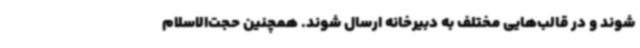
شوند و در قالب‌هایی مختلف به دبیرخانه ارسال شوند. همچنین حجت‌الاسلام